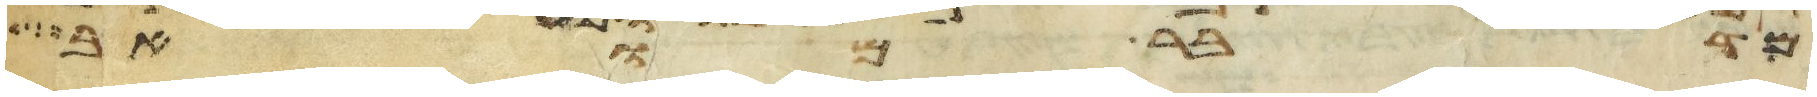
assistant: מדבר מואב